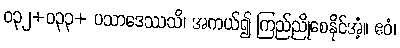
ဝ၃၂+ဝ၃၃+ ပသာဒေဿသိ၊ အကယ်၍ ကြည်ညိုစေနိုင်အံ့။ ဧဝံ၊